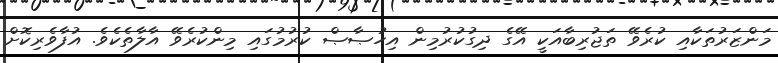
މަންޒަރުތަކާއި ކުރެވޭ ތަޖުރިބާއަކީ އޭގެ ދިގުކުރުމިން އިހުޞާޞް ކުރުމުގައި މިންކުރެވޭ އާލާތެކެވެ. އުފާވެރިކޮށް